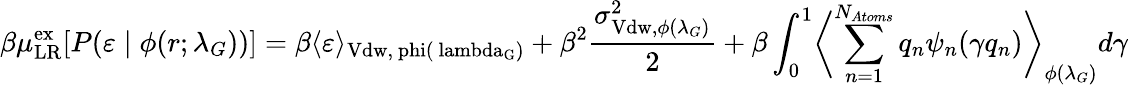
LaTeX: \beta\mu_{\mathrm{LR}}^{\mathrm{{ex}}}[P(\varepsilon\; |\; \phi(r;\lambda_{G}))]=\beta\langle\varepsilon\rangle_{\mathrm{{Vdw},\ phi(\ lambda_{G})}}+\beta^{2}\frac{\sigma_{\mathrm{Vdw},\phi(\lambda_{G})}^{2}}{2}+\beta\int_{0}^{1}\biggl<\sum_{n=1}^{N_{Atoms}}q_{n}\psi_{n}(\gamma q_{n})\biggr>_{\phi(\lambda_{G})}d\gamma